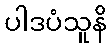
ပါဒပံသူနိ